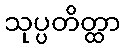
သုပ္ပတိတ္ထာ